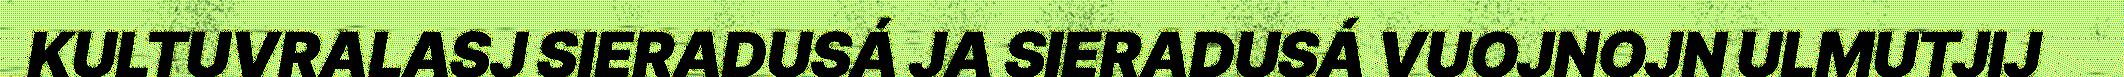
KULTUVRALASJ SIERADUSÁ JA SIERADUSÁ VUOJNOJN ULMUTJIJ